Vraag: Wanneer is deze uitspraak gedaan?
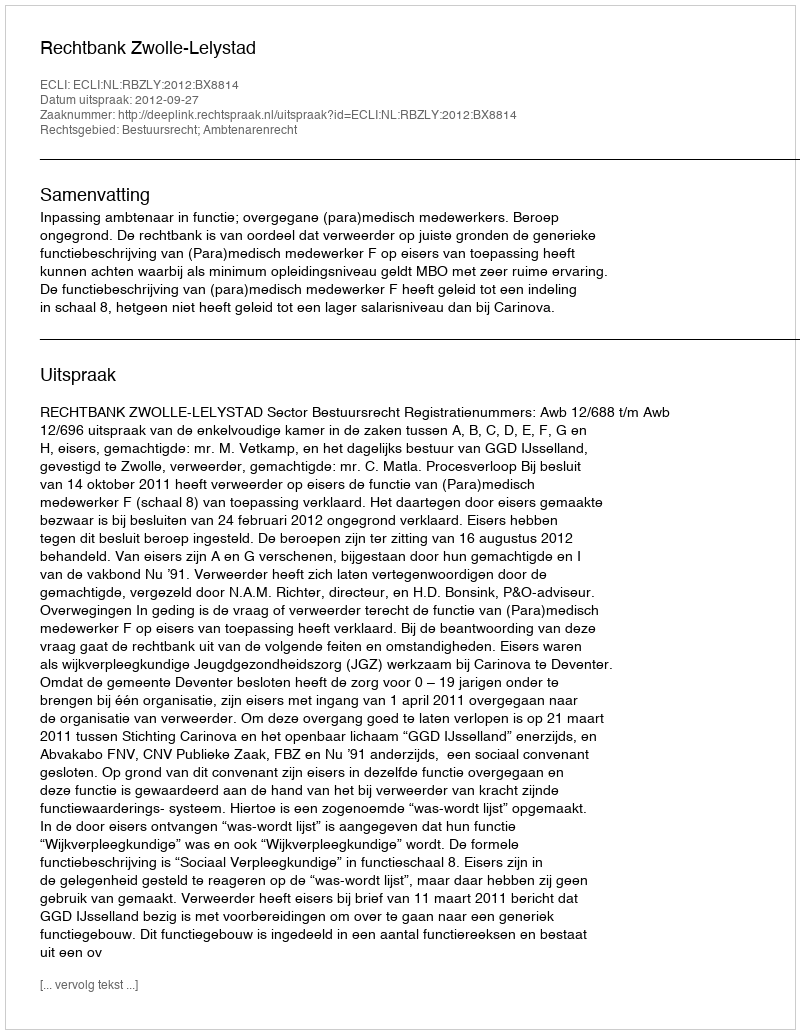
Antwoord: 2012-09-27